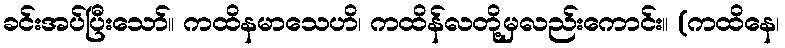
ခင်းအပ်ပြီးသော်။ ကထိနမာသေဟိ၊ ကထိန်လတို့မှလည်းကောင်း။ (ကထိနေ၊